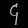
Digit: ၄